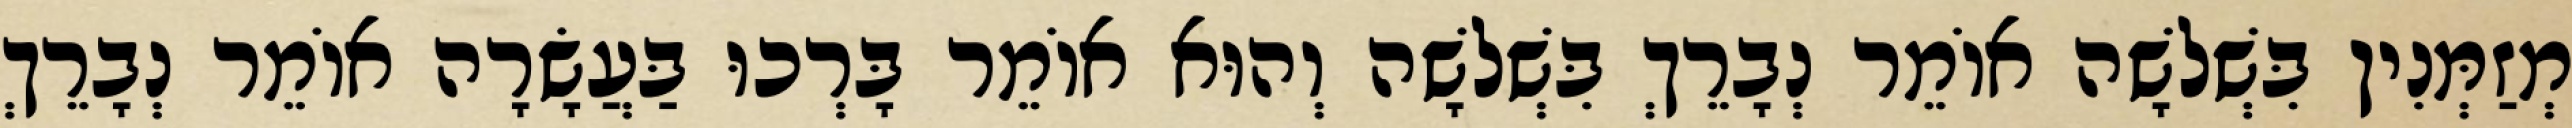
מְזַמְּנִין בִּשְׁלשָׁה אוֹמֵר נְבָרֵךְ בִּשְׁלשָׁה וְהוּא אוֹמֵר בָּרְכוּ בַּעֲשָׂרָה אוֹמֵר נְבָרֵךְ